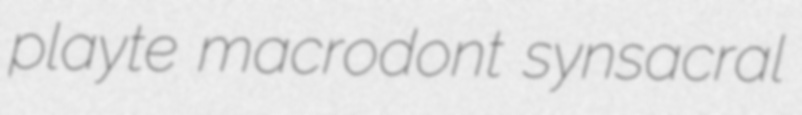
playte macrodont synsacral